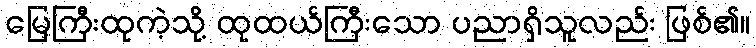
မြေကြီးထုကဲ့သို့ ထုထယ်ကြီးသော ပညာရှိသူလည်း ဖြစ်၏။